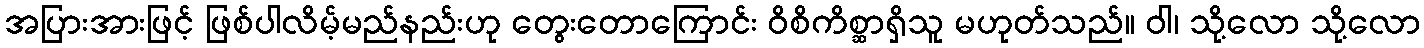
အပြားအားဖြင့် ဖြစ်ပါလိမ့်မည်နည်းဟု တွေးတောကြောင်း ဝိစိကိစ္ဆာရှိသူ မဟုတ်သည်။ ဝါ၊ သို့လော သို့လော